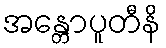
အန္တောပူတီနိ